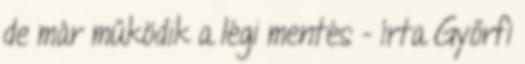
de már működik a légi mentés - írta Győrfi